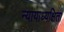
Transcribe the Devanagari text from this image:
न्यायाध्यक्षिता